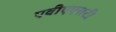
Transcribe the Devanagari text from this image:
एवीएएसटी